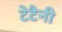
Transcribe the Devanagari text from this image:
टेटैनी